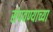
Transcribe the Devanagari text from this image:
संपवण्याच्या